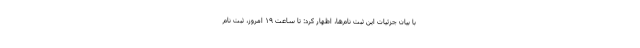
با بیان جزئیات این ثبت نام‌ها، اظهار کرد: تا ساعت ۱۹ امروز، ثبت نام